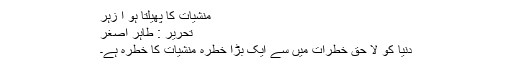
منشیات کا پھیلتا ہو ا زہر
تحریر : طاہر اصغر
دنیا کو لا حق خطرات میں سے ایک بڑا خطرہ منشیات کا خطرہ ہے۔